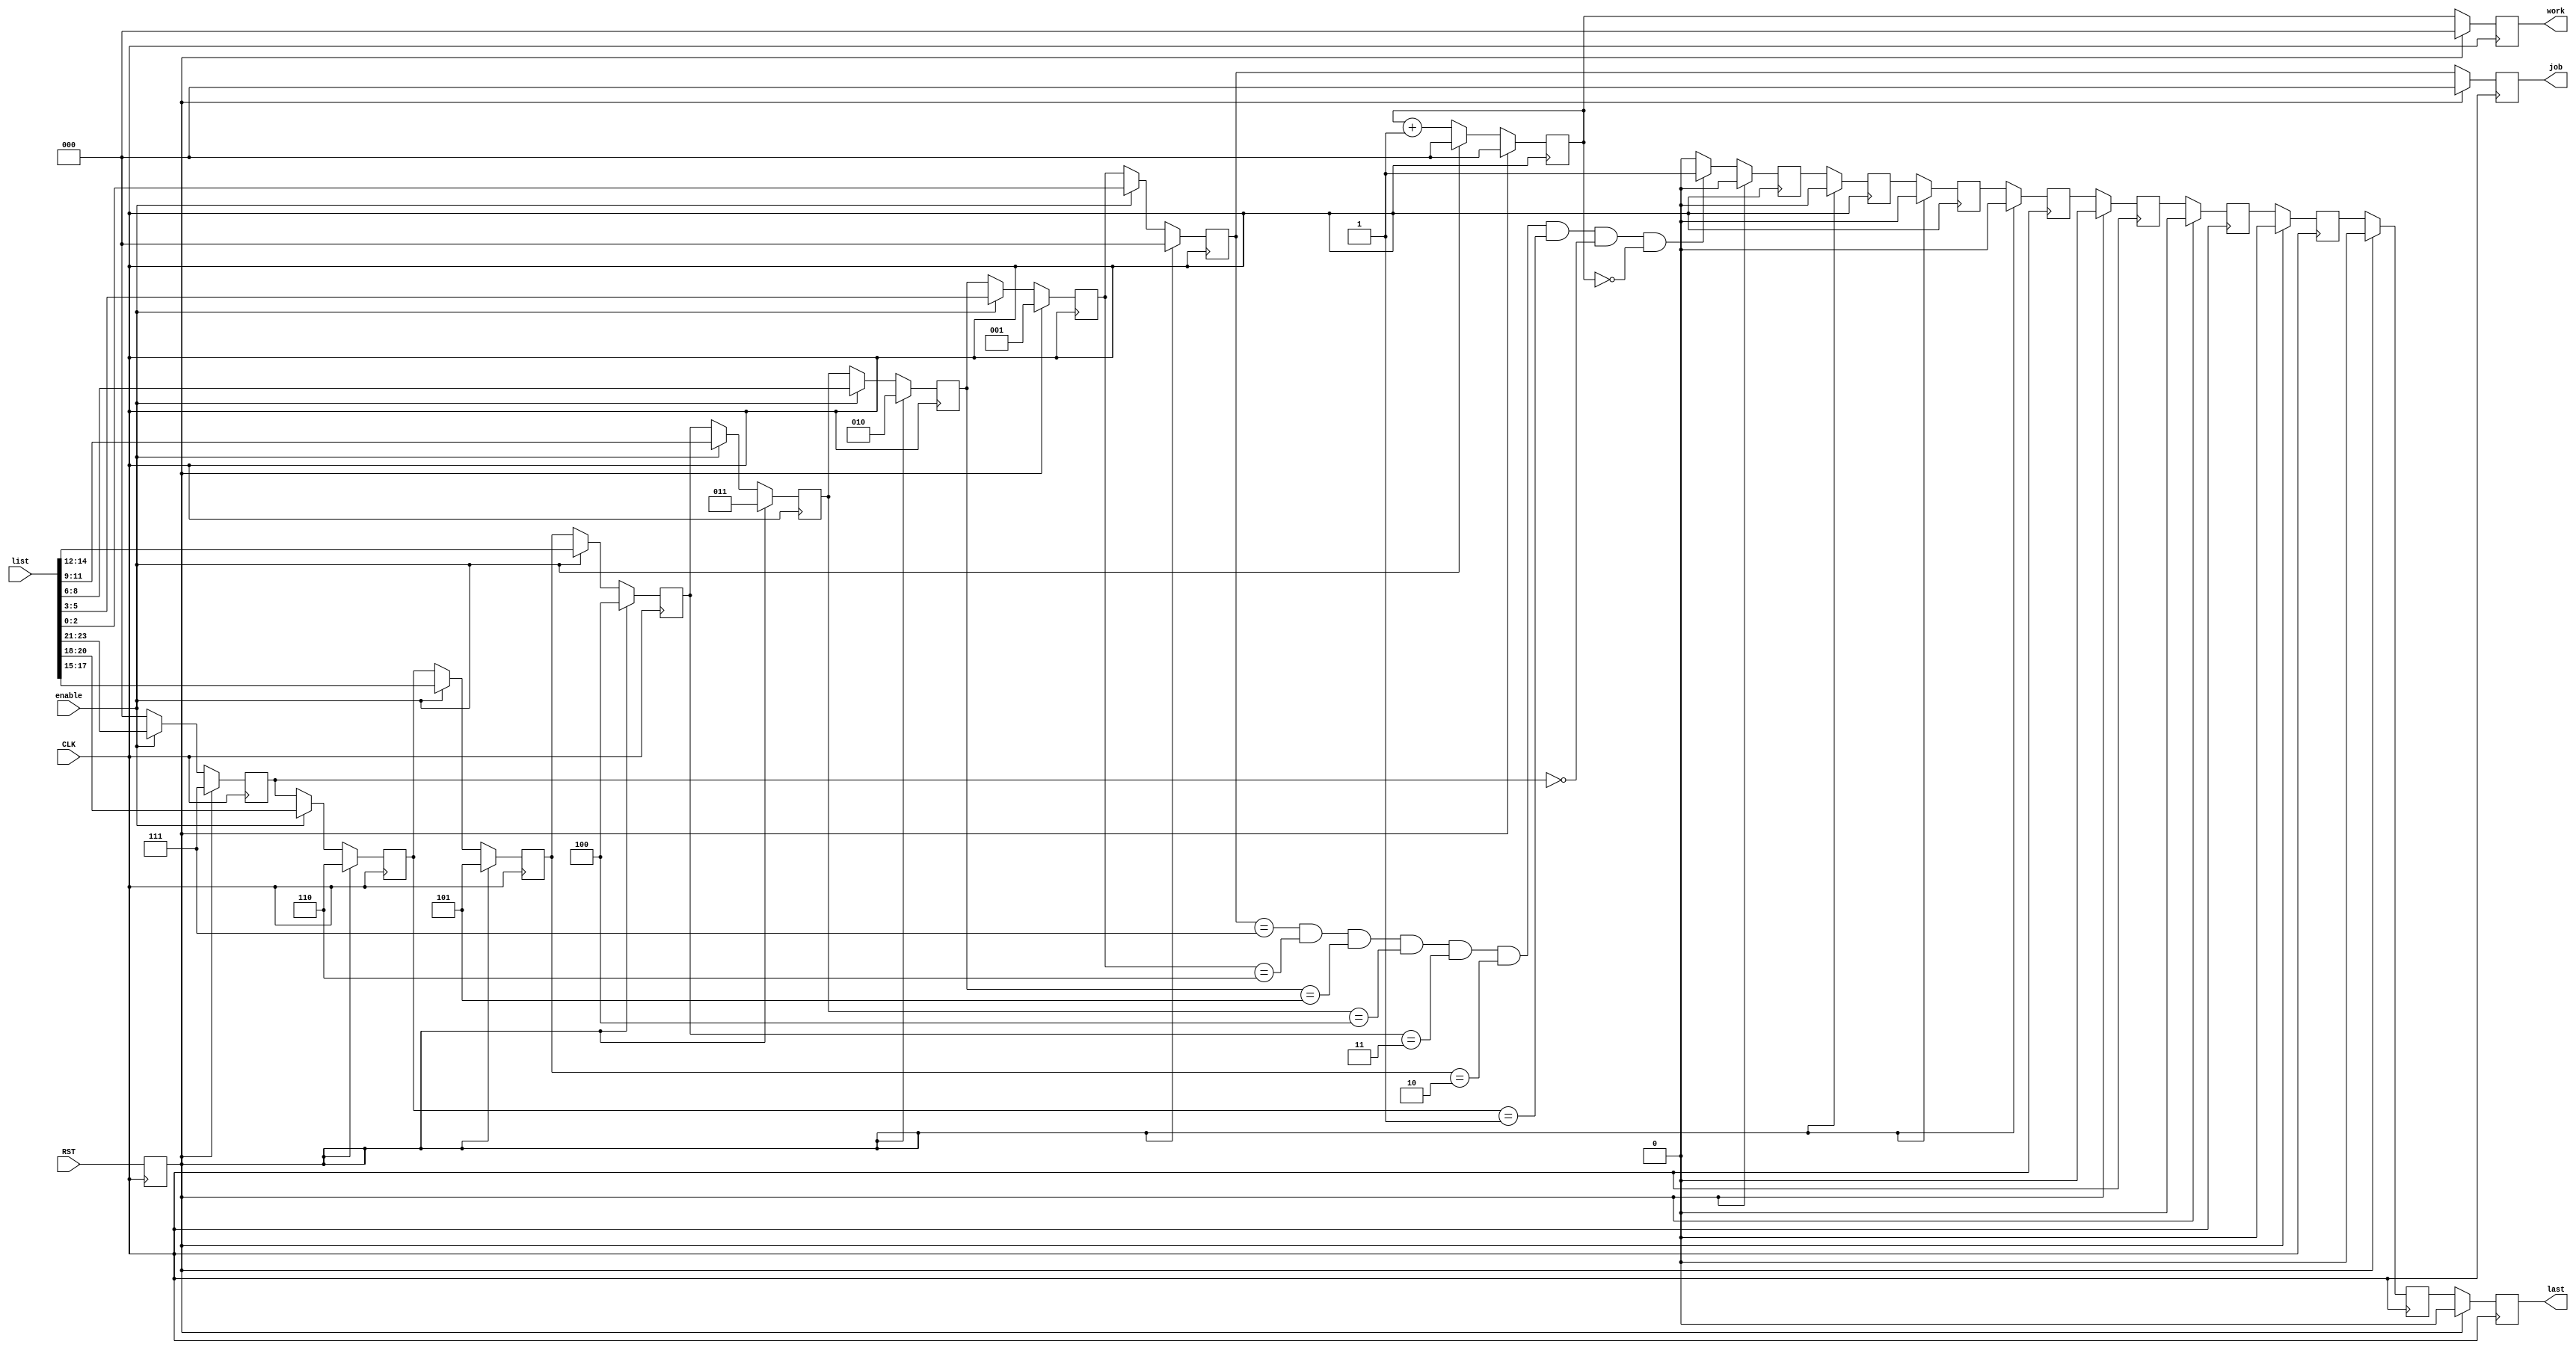
module order_output (
    input CLK,
    input RST,
    input [3*8-1:0] list,
    input enable,
    output reg [2:0] job,
    output reg [2:0] work,
    output reg last
);
    reg [2:0] worker_counter;
    reg [2:0] sequential_list[0:7];
    reg RST_delay;
    always @(posedge CLK) RST_delay <= RST;
    integer i;
    //shift reg
    always @(posedge CLK) begin
        if (RST_delay) begin
            for (i = 0; i < 8; i = i + 1) sequential_list[i] <= i;
        end else if (enable) begin
            for (i = 0; i < 8; i = i + 1) sequential_list[i] <= list[i*3+:3];
        end else begin
            sequential_list[7] <= 3'd0;
            for (i = 0; i < 7; i = i + 1) sequential_list[i] <= sequential_list[i+1];
        end
    end
    //output job, work
    always @(posedge CLK) begin
        if (RST_delay) begin
            job  <= 0;
            work <= 0;
        end else begin
            job  <= sequential_list[0];
            work <= worker_counter;
        end
    end
    //counter
    always @(posedge CLK) begin
        if (RST_delay) begin
            worker_counter <= 0;
        end else begin
            if (enable) worker_counter <= 0;
            else worker_counter <= worker_counter + 1;
            // worker_counter <= worker_counter + 1;
        end
    end
    //check list
    wire last_one;
    assign last_one = (  (sequential_list[0]==7)&(sequential_list[1]==6)
                        &(sequential_list[2]==5)&(sequential_list[3]==4)
                        &(sequential_list[4]==3)&(sequential_list[5]==2)
                        &(sequential_list[6]==1)&(sequential_list[7]==0)
        &(worker_counter ==0) 
        ) ? 1'b1 : 1'b0;
    reg [2:0] last_one_propagte[0:7];
    always @(posedge CLK) begin  // propagate last signal
        if (RST_delay) begin
            for (i = 0; i < 8; i = i + 1) last_one_propagte[i] <= 0;
            last <= 0;
        end else begin
            last_one_propagte[0] <= last_one;
            last <= last_one_propagte[7];
            for (i = 0; i < 7; i = i + 1) begin
                last_one_propagte[i+1] <= last_one_propagte[i];
            end
        end
    end
endmodule